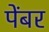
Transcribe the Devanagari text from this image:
पेंबर